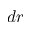
d r